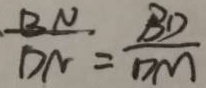
\frac { B N } { D N } = \frac { B D } { D M }